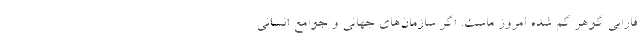
فارابی گوهر گم شده امروز ماست. اگر سازمان‌های جهانی و جوامع انسانی